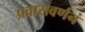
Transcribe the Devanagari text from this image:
प्रवासवर्णनं